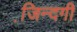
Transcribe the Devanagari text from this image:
जि़न्दगी